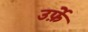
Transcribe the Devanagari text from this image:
उर्फ़े